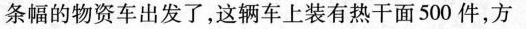
条幅的物资车出发了，这辆车上装有热干面500件，方